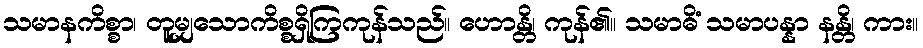
သမာနကိစ္စာ၊ တူမျှသောကိစ္စရှိကြကုန်သည်။ ဟောန္တိ၊ ကုန်၏။ သမာဓိံ သမာပန္နာ နန္တိ၊ ကား။